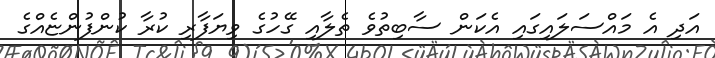
އަދި އެ މައްސަލައިގައި އެކަން ސާބިތުވެ ތެލާއި ގޭހުގެ ވިޔަފާރި ކުރާ ކުންފުންޏެއްގެ